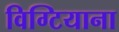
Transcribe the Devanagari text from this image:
विग्टियाना